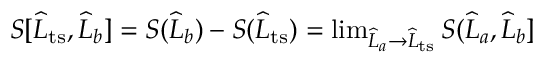
\begin{array} { r } { S [ \widehat { L } _ { \mathrm { t s } } , \widehat { L } _ { b } ] = S ( \widehat { L } _ { b } ) - S ( \widehat { L } _ { \mathrm { t s } } ) = \operatorname* { l i m } _ { \widehat { L } _ { a } \to \widehat { L } _ { \mathrm { t s } } } S ( \widehat { L } _ { a } , \widehat { L } _ { b } ] } \end{array}